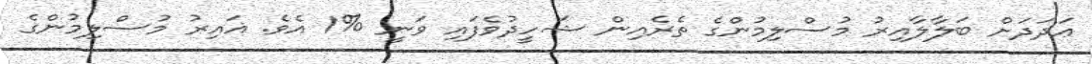
ޢަދަދަށް ބަލާލާއިރު މުސްލިމުންގެ ތެރެއިން ޝަހީދުވެފައި ވަނީ %1 އެވެ. ޣައިރު މުސްލިމުންގެ